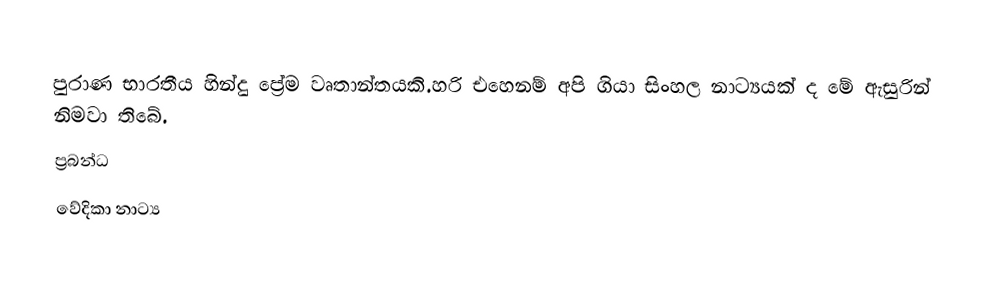
පුරාණ භාරතීය හින්දු ප්‍රේම වෘතාන්තයකි.හරි එහෙනම් අපි ගියා  සිංහල නාට්‍යයක් ද මේ ඇසුරින් නිමවා තිබේ.
ප්‍රබන්ධ
වේදිකා නාට්‍ය